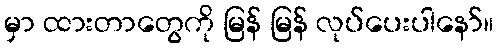
မှာ ထားတာတွေကို မြန် မြန် လုပ်ပေးပါနော်။